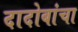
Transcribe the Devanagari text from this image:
दादोबांचा